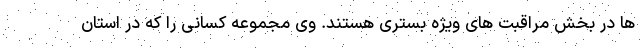
ها در بخش مراقبت های ویژه بستری هستند. وی مجموعه کسانی را که در استان